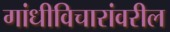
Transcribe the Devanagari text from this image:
गांधीविचारांवरील